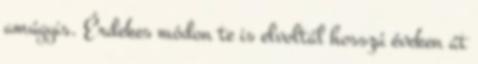
amúgyis. Érdekes módon te is elvoltál hosszú éveken át